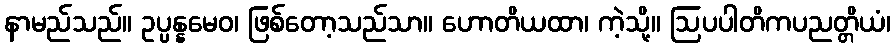
နာမည်သည်။ ဥပ္ပန္နမေဝ၊ ဖြစ်တော့သည်သာ။ ဟောတိယထာ၊ ကဲ့သို့။ ဩပပါတိကပညတ္တိယံ၊